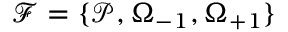
\mathcal { F } = \{ \mathcal { P } , \Omega _ { - 1 } , \Omega _ { + 1 } \}